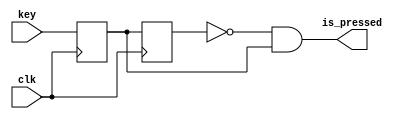
module button
(
	input clk,
	input key,
	output is_pressed
);
reg but_r;
reg but_rr;

always @(posedge clk)
begin
	but_r <= key;
	but_rr <= but_r;
end
	assign is_pressed = ~but_rr & but_r;
endmodule // button

module hex2segm
(
	input  [3:0] hex,
	output [6:0] segm
);

assign segm =   (hex == 4'h0) ? 7'b1000000 :
		(hex == 4'h1) ? 7'b1111001 :
		(hex == 4'h2) ? 7'b0100100 :
		(hex == 4'h3) ? 7'b0110000 :
		(hex == 4'h4) ? 7'b0011001 :
		(hex == 4'h5) ? 7'b0010010 :
		(hex == 4'h6) ? 7'b0000010 :
		(hex == 4'h7) ? 7'b1111000 :
		(hex == 4'h8) ? 7'b0000000 :
		(hex == 4'h9) ? 7'b0010000 :
		(hex == 4'ha) ? 7'b0001000 :
		(hex == 4'hb) ? 7'b0000011 :
		(hex == 4'hc) ? 7'b1000110 :
		(hex == 4'hd) ? 7'b0100001 :
		(hex == 4'he) ? 7'b0000110 :
		(hex == 4'hf) ? 7'b0001110 : 7'b0001110;
endmodule // hex2segm

module click_counter
(
	input clk,
	input reset_key,
	input inc_count_key,
	input dec_count_key,
	output [6:0] segm
);

reg [3:0] counter;
wire reset_is_pressed;
wire inc_count_is_pressed;
wire dec_count_is_pressed;


button reset
(
	.clk(clk),
	.key(reset_key),
	.is_pressed(reset_is_pressed)
);

button inc_count_button
(
	.clk(clk),
	.key(inc_count_key),
	.is_pressed(inc_count_is_pressed)
);

button dec_count_button
(
	.clk(clk),
	.key(dec_count_key),
	.is_pressed(dec_count_is_pressed)
);

hex2segm hex2segm
(
	.hex(counter),
	.segm(segm)
);

always @(posedge clk)
begin
	if (reset_is_pressed)
		counter <= 0;
	else if (!reset_is_pressed && reset_key && inc_count_is_pressed)
		counter <= counter == 4'hf ? 0 : counter + 1;
	else if (!reset_is_pressed && reset_key && dec_count_is_pressed)
		counter <= counter == 4'h0 ? 04'hf : counter - 1;
end

endmodule // click counter